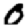
Digit: 0